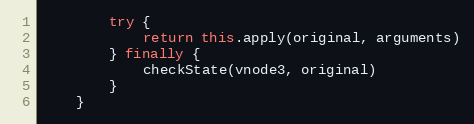
Language: JavaScript
		try {
			return this.apply(original, arguments)
		} finally {
			checkState(vnode3, original)
		}
	}